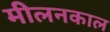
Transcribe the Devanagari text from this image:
मीलनकाल